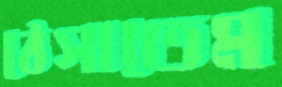
ঠেসাতেম